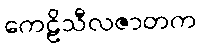
ကေဠိသီလဇာတက